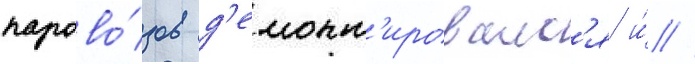
парово́зов д'емонт'ировалс'я и́ /